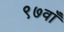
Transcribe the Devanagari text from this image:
९७वाँ